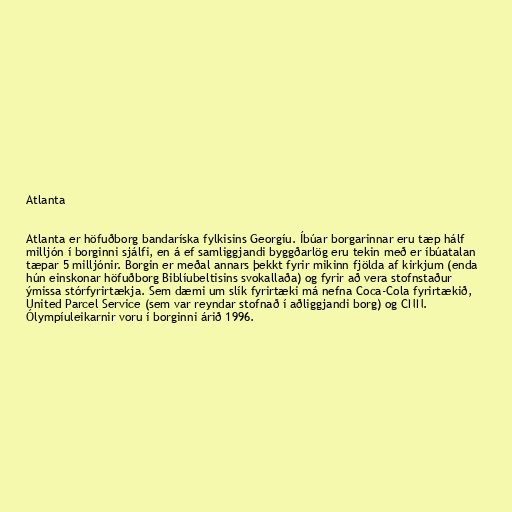
Atlanta

Atlanta er höfuðborg bandaríska fylkisins Georgíu. Íbúar borgarinnar eru tæp hálf
milljón í borginni sjálfi, en á ef samliggjandi byggðarlög eru tekin með er íbúatalan
tæpar 5 milljónir. Borgin er meðal annars þekkt fyrir mikinn fjölda af kirkjum (enda
hún einskonar höfuðborg Biblíubeltisins svokallaða) og fyrir að vera stofnstaður
ýmissa stórfyrirtækja. Sem dæmi um slík fyrirtæki má nefna Coca-Cola fyrirtækið,
United Parcel Service (sem var reyndar stofnað í aðliggjandi borg) og CNN.
Ólympíuleikarnir voru í borginni árið 1996.